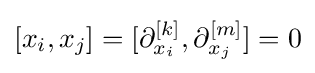
[x_{i},x_{j}]=[\partial _{x_{i}}^{[k]},\partial _{x_{j}}^{[m]}]=0